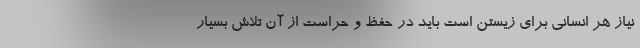
نیاز هر انسانی برای زیستن است باید در حفظ و حراست از آن تلاش بسیار